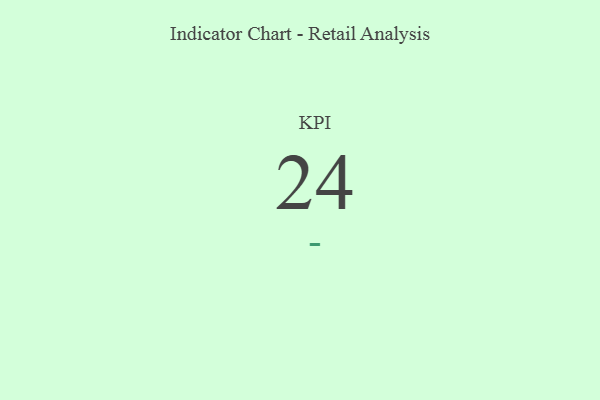
{"axis": {"x": "KPI", "y": "Value"}, "legend": [""], "data": [{"x": "KPI", "y": 24, "type": ""}]}